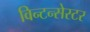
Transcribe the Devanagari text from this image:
विन्टन्सेस्टर